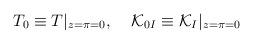
LaTeX: \begin{align*}T_{0}\equiv T|_{z=\pi=0}, \;\; \;\; {\cal K}_{0I}\equiv{\cal K}_{I}|_{z=\pi=0}\end{align*}